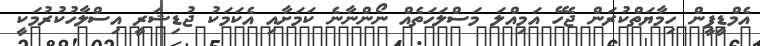
އެމްޑީޕީން ހިމާޔަތްކުރަން ޖެހޭ އަމިއްލަ މަސްލަހަތެއް ނޯންނާނެ ކަމަށާއި އެކަމަކު ޖުޑިޝަރީ އިސްލާހުކުރުމަކީ